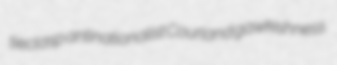
tieclasp antinationalist Courland gawkishness